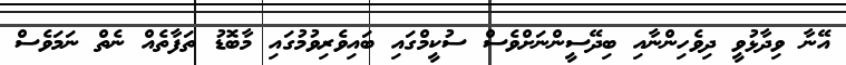
އޭނާ ވިދާޅުވީ ދިވެހިންނާއި ބިދޭސީންނަށްވެސް ސުކީމްގައި ބައިވެރިވުމުގައި މާބޮޑު ތަފާތެއް ނެތް ނަމަވެސް